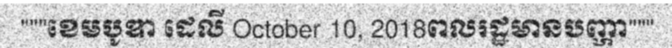
"""ខេមបូឌា ដេលី October 10, 2018ពលរដ្ឋមានបញ្ហា"""